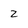
Character: 2